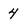
Character: 4